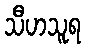
သီဟသူရ